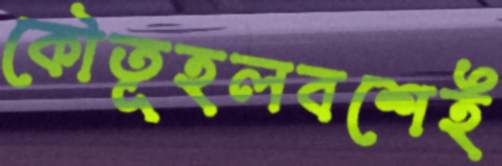
কৌতূহলবশেই